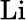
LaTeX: \mathrm{Li}